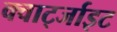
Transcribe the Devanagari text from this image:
क्वार्ट्जाइट